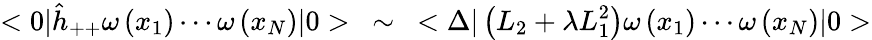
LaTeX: <0|\hat{h}_{++}\omega\left(x_{1}\right)\cdots\omega\left(x_{N}\right)|0>~\sim~<\Delta|\left(L_{2}+\lambda L_{1}^{2}\right)\omega\left(x_{1}\right)\cdots\omega\left(x_{N}\right)|0>